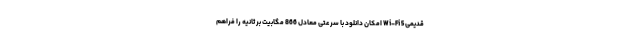
قدیمی Wi-Fi 5 امکان دانلود با سرعتی معادل 866 مگابیت بر ثانیه را فراهم